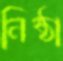
নিষ্ঠা